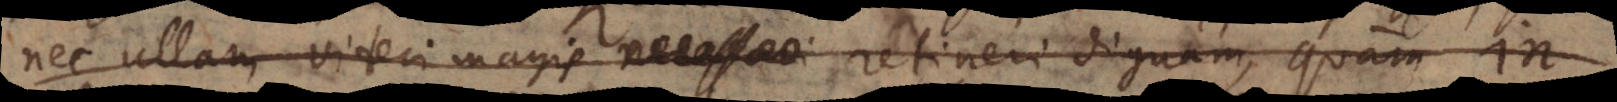
nec ullam videri magis necessari retineri dignam, quam In